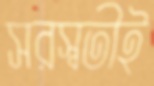
সরস্বতীই